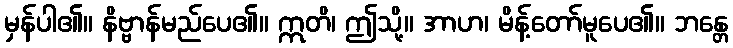
မှန်ပါ၏။ နိဗ္ဗာန်မည်ပေ၏။ ဣတိ၊ ဤသို့။ အာဟ၊ မိန့်တော်မူပေ၏။ ဘန္တေ